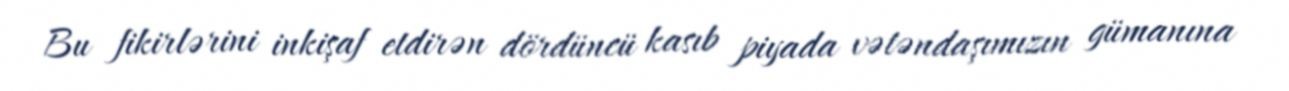
Bu fikirlərini inkişaf etdirən dördüncü kasıb piyada vətəndaşımızın gümanına